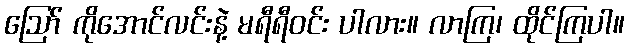
ဪ ကိုအောင်လင်းနဲ့ မရီရီဝင်း ပါလား။ လာကြ၊ ထိုင်ကြပါ။